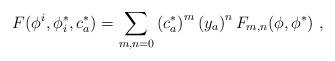
LaTeX: \begin{align*}F(\phi^i ,\phi ^*_i, c^*_a)=\sum_{m,n=0} \left( c^*_a\right) ^m \left(y_a\right)^n F_{m,n}(\phi ,\phi ^*)\ ,\end{align*}